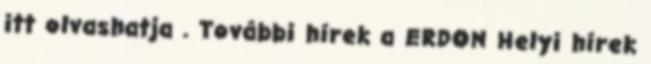
itt olvashatja . További hírek a ERDON Helyi hírek